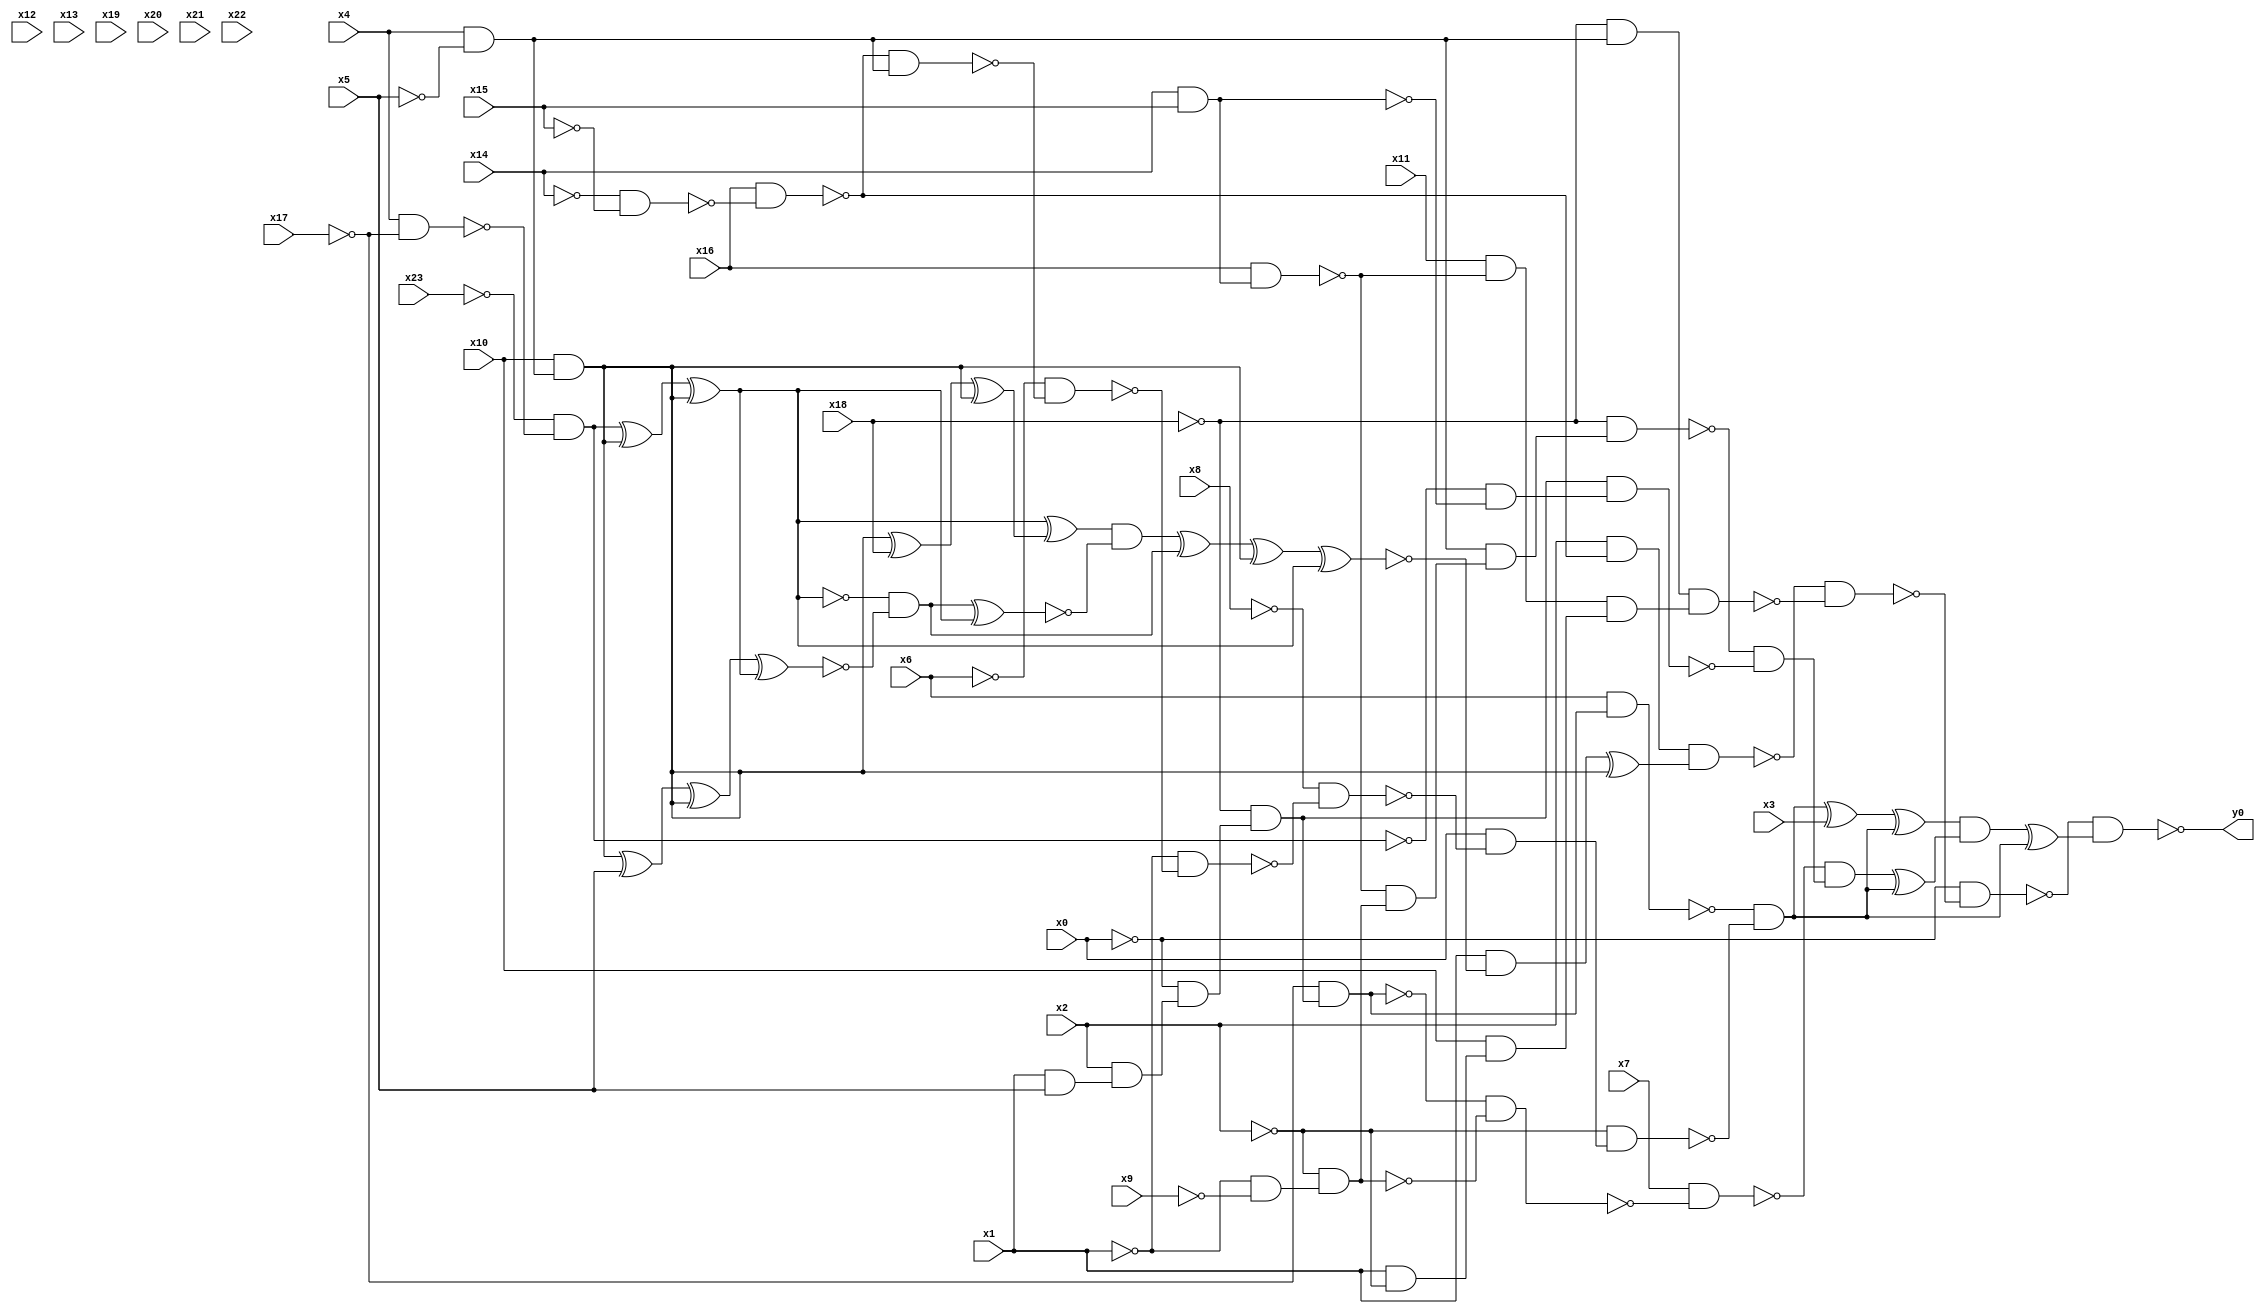
module top( x0 , x1 , x2 , x3 , x4 , x5 , x6 , x7 , x8 , x9 , x10 , x11 , x12 , x13 , x14 , x15 , x16 , x17 , x18 , x19 , x20 , x21 , x22 , x23 , y0 );
  input x0 , x1 , x2 , x3 , x4 , x5 , x6 , x7 , x8 , x9 , x10 , x11 , x12 , x13 , x14 , x15 , x16 , x17 , x18 , x19 , x20 , x21 , x22 , x23 ;
  output y0 ;
  wire n25 , n26 , n27 , n28 , n29 , n30 , n31 , n32 , n33 , n34 , n35 , n36 , n37 , n38 , n39 , n40 , n41 , n42 , n43 , n44 , n45 , n46 , n47 , n48 , n49 , n50 , n51 , n52 , n53 , n54 , n55 , n56 , n57 , n58 , n59 , n60 , n61 , n62 , n63 , n64 , n65 , n66 , n67 , n68 , n69 , n70 , n71 , n72 , n73 , n74 , n75 , n76 , n77 , n78 , n79 , n80 , n81 , n82 , n83 , n84 , n85 , n86 , n87 , n88 ;
  assign n25 = ~x14 & ~x15 ;
  assign n26 = x16 & ~n25 ;
  assign n27 = x2 & ~n26 ;
  assign n32 = x4 & ~x17 ;
  assign n33 = ~x23 & ~n32 ;
  assign n28 = x4 & ~x5 ;
  assign n29 = x10 & n28 ;
  assign n34 = n33 ^ n29 ;
  assign n35 = n34 ^ n29 ;
  assign n30 = n29 ^ x18 ;
  assign n31 = n30 ^ n29 ;
  assign n36 = n35 ^ n31 ;
  assign n37 = n29 ^ x5 ;
  assign n38 = n37 ^ n29 ;
  assign n39 = n38 ^ n35 ;
  assign n40 = ~n35 & ~n39 ;
  assign n41 = n40 ^ n35 ;
  assign n42 = n36 & ~n41 ;
  assign n43 = n42 ^ n40 ;
  assign n44 = n43 ^ n29 ;
  assign n45 = n44 ^ n35 ;
  assign n46 = x1 & ~n45 ;
  assign n47 = n46 ^ n29 ;
  assign n48 = n27 & n47 ;
  assign n49 = ~x18 & n28 ;
  assign n50 = x14 & x15 ;
  assign n51 = x16 & n50 ;
  assign n52 = x11 & ~n51 ;
  assign n53 = x1 & ~x2 ;
  assign n54 = x10 & n53 ;
  assign n55 = n52 & n54 ;
  assign n56 = n49 & n55 ;
  assign n57 = ~n48 & ~n56 ;
  assign n58 = ~x0 & ~n57 ;
  assign n59 = x1 & x5 ;
  assign n60 = x2 & n59 ;
  assign n61 = ~x0 & n60 ;
  assign n62 = ~x18 & n61 ;
  assign n63 = ~x17 & n62 ;
  assign n64 = x6 & n63 ;
  assign n65 = ~n26 & n28 ;
  assign n66 = ~x6 & ~n65 ;
  assign n67 = ~x1 & ~n66 ;
  assign n68 = ~x8 & ~n67 ;
  assign n69 = x0 & ~n68 ;
  assign n70 = ~x2 & n69 ;
  assign n71 = ~n64 & ~n70 ;
  assign n72 = n71 ^ x3 ;
  assign n73 = n72 ^ n71 ;
  assign n74 = ~x1 & ~x9 ;
  assign n75 = ~x2 & n74 ;
  assign n76 = ~n63 & ~n75 ;
  assign n77 = x7 & ~n76 ;
  assign n78 = ~n51 & n75 ;
  assign n79 = n28 & n78 ;
  assign n80 = ~x18 & n79 ;
  assign n81 = ~n33 & ~n50 ;
  assign n82 = n62 & n81 ;
  assign n83 = ~n80 & ~n82 ;
  assign n84 = ~n77 & n83 ;
  assign n85 = n84 ^ n71 ;
  assign n86 = n73 & n85 ;
  assign n87 = n86 ^ n71 ;
  assign n88 = ~n58 & n87 ;
  assign y0 = ~n88 ;
endmodule